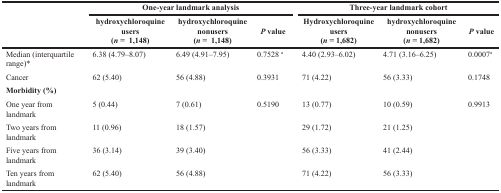
<table><thead><tr><td rowspan="2"></td><td colspan="3"><b>One-year landmark analysis</b></td><td colspan="3"><b>Three-year landmark cohort</b></td></tr><tr><td><b>hydroxychloroquine users (<i>n</i> = 1,148)</b></td><td><b>hydroxychloroquine nonusers (<i>n</i> = 1,148)</b></td><td><b><i>P</i> value</b></td><td><b>Hydroxychloroquine users (<i>n</i> = 1,682)</b></td><td><b>hydroxychloroquine nonusers (<i>n</i> = 1,682)</b></td><td><b><i>P</i> value</b></td></tr></thead><tbody><tr><td>Median (interquartile range)*</td><td>6.38 (4.79–8.07)</td><td>6.49 (4.91–7.95)</td><td>0.7528 <sup>a</sup></td><td>4.40 (2.93–6.02)</td><td>4.71 (3.16–6.25)</td><td>0.0007<sup>a</sup></td></tr><tr><td>Cancer</td><td>62 (5.40)</td><td>56 (4.88)</td><td>0.3931</td><td>71 (4.22)</td><td>56 (3.33)</td><td>0.1748</td></tr><tr><td colspan="7"><b>Morbidity (%)</b></td></tr><tr><td>One year from landmark</td><td>5 (0.44)</td><td>7 (0.61)</td><td>0.5190</td><td>13 (0.77)</td><td>10 (0.59)</td><td>0.9913</td></tr><tr><td>Two years from landmark</td><td>11 (0.96)</td><td>18 (1.57)</td><td></td><td>29 (1.72)</td><td>21 (1.25)</td><td></td></tr><tr><td>Five years from landmark</td><td>36 (3.14)</td><td>39 (3.40)</td><td></td><td>56 (3.33)</td><td>41 (2.44)</td><td></td></tr><tr><td>Ten years from landmark</td><td>62 (5.40)</td><td>56 (4.88)</td><td></td><td>71 (4.22)</td><td>56 (3.33)</td><td></td></tr></tbody></table>